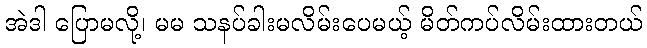
အဲဒါ ပြောမလို့၊ မမ သနပ်ခါးမလိမ်းပေမယ့် မိတ်ကပ်လိမ်းထားတယ်